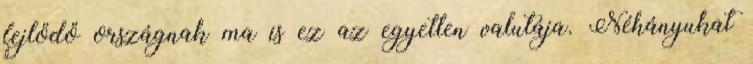
fejlődő országnak ma is ez az egyetlen valutája. Néhányukat